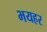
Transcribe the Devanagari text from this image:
भयहर